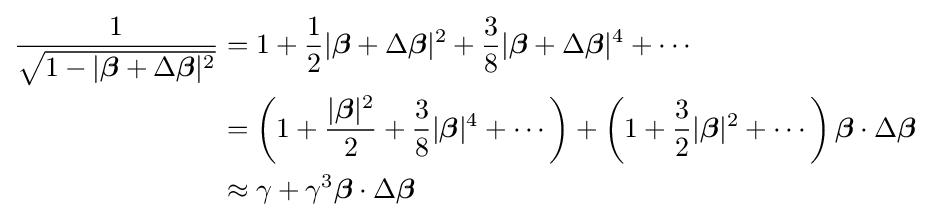
{\begin{aligned}{\frac {1}{\sqrt {1-|{\boldsymbol {\beta }}+\Delta {\boldsymbol {\beta }}|^{2}}}}&=1+{\frac {1}{2}}|{\boldsymbol {\beta }}+\Delta {\boldsymbol {\beta }}|^{2}+{\frac {3}{8}}|{\boldsymbol {\beta }}+\Delta {\boldsymbol {\beta }}|^{4}+\cdots \\&=\left(1+{\frac {|{\boldsymbol {\beta }}|^{2}}{2}}+{\frac {3}{8}}|{\boldsymbol {\beta }}|^{4}+\cdots \right)+\left(1+{\frac {3}{2}}|{\boldsymbol {\beta }}|^{2}+\cdots \right){\boldsymbol {\beta }}\cdot \Delta {\boldsymbol {\beta }}\\&\approx \gamma +\gamma ^{3}{\boldsymbol {\beta }}\cdot \Delta {\boldsymbol {\beta }}\end{aligned}}